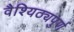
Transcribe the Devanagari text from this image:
वैश्यिठ्यपुर्ण